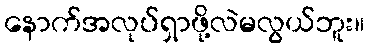
နောက်အလုပ်ရှာဖို့လဲမလွယ်ဘူး။